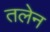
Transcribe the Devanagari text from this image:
तलेन